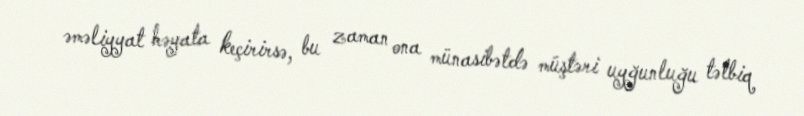
əməliyyat həyata keçirirsə, bu zaman ona münasibətdə müştəri uyğunluğu tətbiq